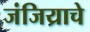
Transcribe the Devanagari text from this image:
जंजिय्राचे